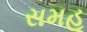
સમહૂ